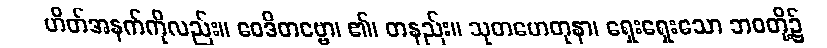
ဟိတ်အနက်ကိုလည်း။ ဝေဒိတဗ္ဗော၊ ၏၊ တနည်း။ သုတဟေတုနာ၊ ရှေးရှေးသော ဘဝတို့၌